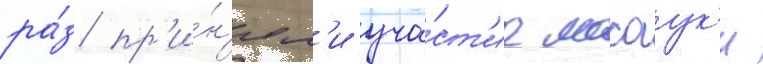
ра́з пр'и́н'ял'и уча́ст'ие масаук'и